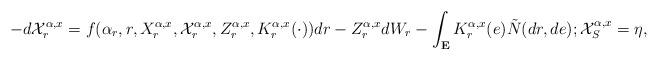
LaTeX: \begin{align*}-d\mathcal{X}_r^{\alpha,x}=f(\alpha_r,r,X_r^{\alpha,x},\mathcal{X}_r^{\alpha,x},Z_r^{\alpha,x},K_r^{\alpha,x}(\cdot))dr-Z_r^{\alpha,x}dW_r-\int_{{\bf E}}K_r^{\alpha,x}(e)\Tilde{N}(dr,de); \mathcal{X}_S^{\alpha,x}=\eta, \end{align*}